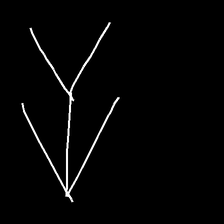
Glyph: gather